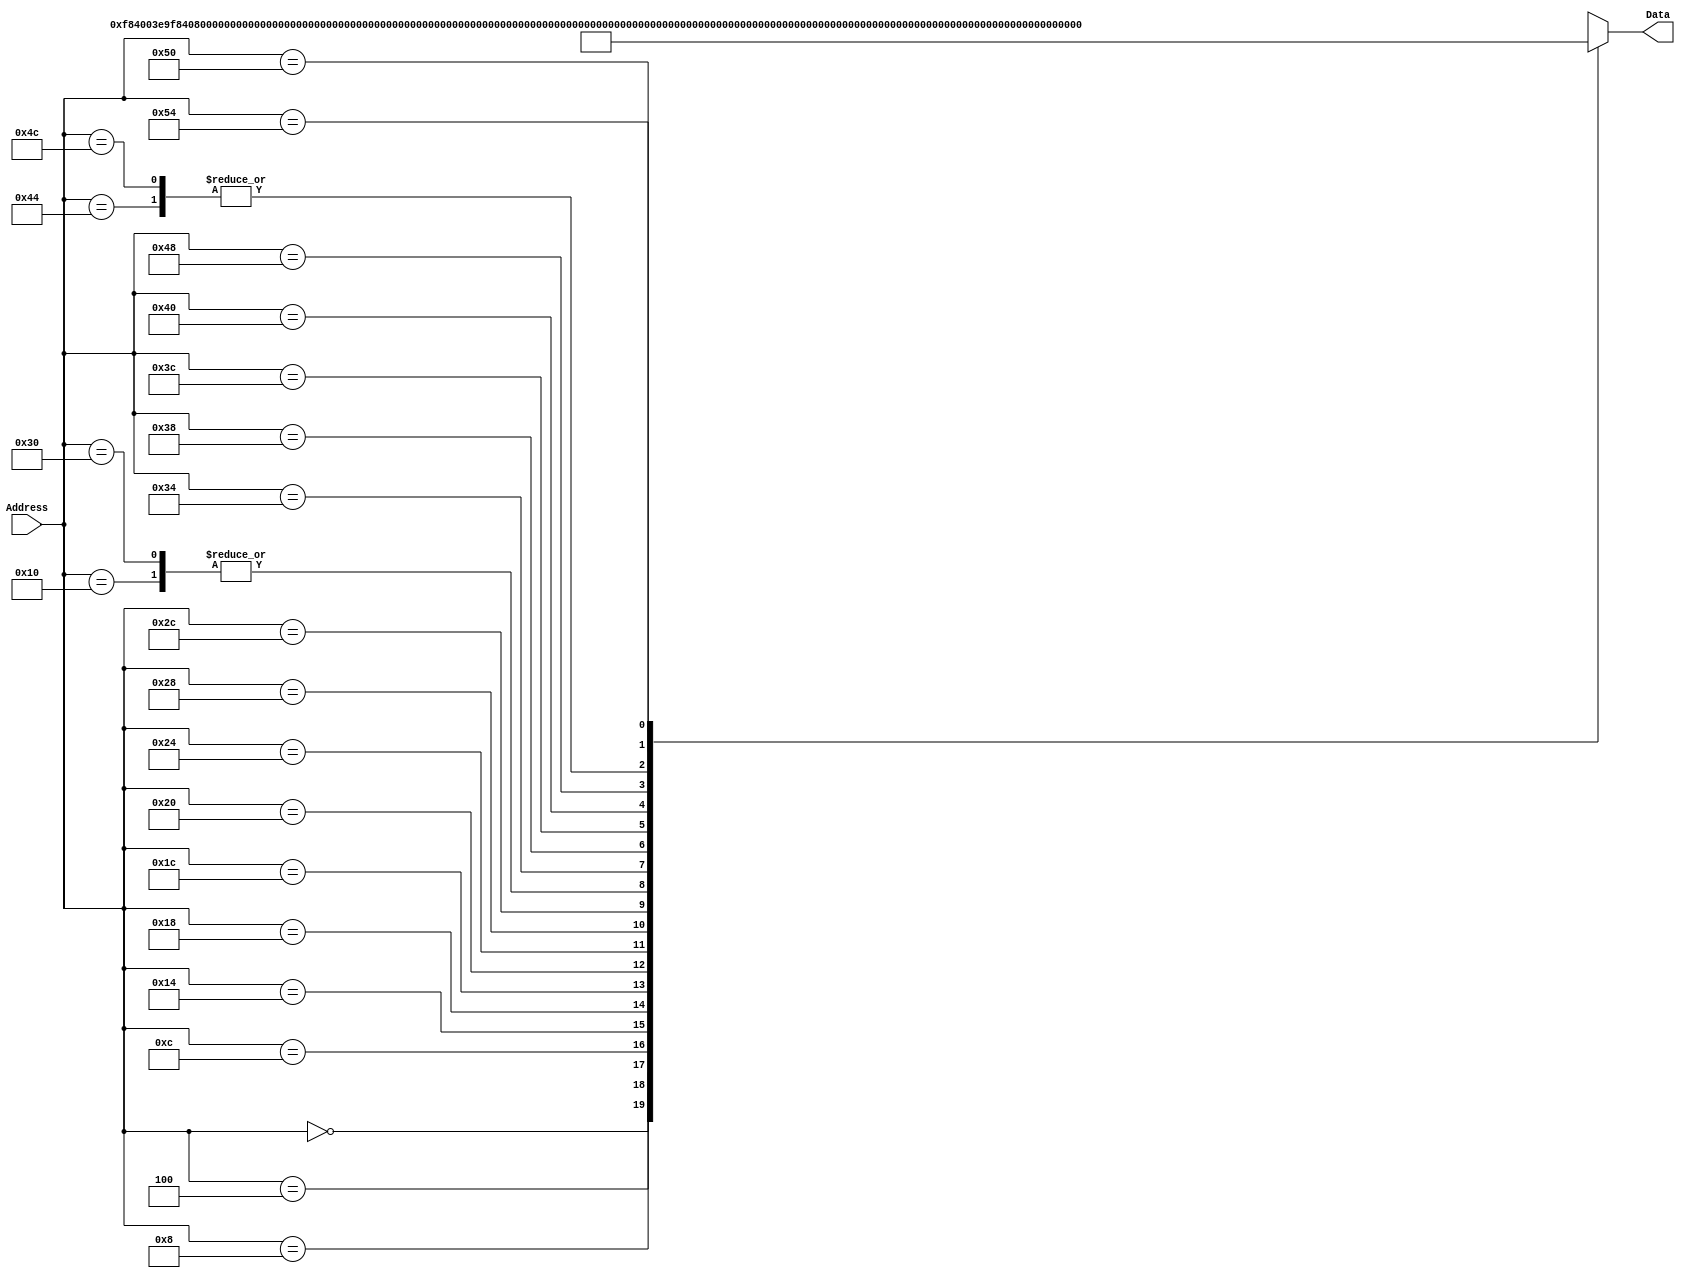
`timescale 1ns / 1ps
/*
 * Module: InstructionMemory
 *
 * Implements read-only instruction memory
 * 
 */
module InstructionMemory(Data, Address);
   parameter T_rd = 20;
   parameter MemSize = 40;
   
   output [31:0] Data;
   input [63:0]  Address;
   reg [31:0] 	 Data;
   
   /*
    * ECEN 350 Processor Test Functions
    * Texas A&M University
    */
   
   always @ (Address) begin

      case(Address)

	/* Test Program 1:
	 * Program loads constants from the data memory. Uses these constants to test
	 * the following instructions: LDUR, ORR, AND, CBZ, ADD, SUB, STUR and B.
	 * 
	 * Assembly code for test:
	 * 
	 * 0: LDUR X9, [XZR, 0x0]    //Load 1 into x9
	 * 4: LDUR X10, [XZR, 0x8]   //Load a into x10
	 * 8: LDUR X11, [XZR, 0x10]  //Load 5 into x11
	 * C: LDUR X12, [XZR, 0x18]  //Load big constant into x12
	 * 10: LDUR X13, [XZR, 0x20]  //load a 0 into X13
	 * 
	 * 14: ORR X10, X10, X11  //Create mask of 0xf
	 * 18: AND X12, X12, X10  //Mask off low order bits of big constant
	 * 
	 * loop:
	 * 1C: CBZ X12, end  //while X12 is not 0
	 * 20: ADD X13, X13, X9  //Increment counter in X13
	 * 24: SUB X12, X12, X9  //Decrement remainder of big constant in X12
	 * 28: B loop  //Repeat till X12 is 0
	 * 2C: STUR X13, [XZR, 0x20]  //store back the counter value into the memory location 0x20
	 */
	

	63'h000: Data = 32'hF84003E9;
	63'h004: Data = 32'hF84083EA;
	63'h008: Data = 32'hF84103EB;
	63'h00c: Data = 32'hF84183EC;
	63'h010: Data = 32'hF84203ED;
	63'h014: Data = 32'hAA0B014A;
	63'h018: Data = 32'h8A0A018C;
	63'h01c: Data = 32'hB400008C;
	63'h020: Data = 32'h8B0901AD;
	63'h024: Data = 32'hCB09018C;
	63'h028: Data = 32'h17FFFFFD;
	63'h02c: Data = 32'hF80203ED;
	63'h030: Data = 32'hF84203ED;  //One last load to place stored value on memdbus for test checking.

	/* Add code for your tests here */
	
	/*
	* 34: MOVZ X9, 0x1234, shift 48
	* 38: MOVZ X8, 0x5678, shift 32
	* 3C: ADD X9, X9, X8
	* 40: MOVZ X8, 0x9abc, shift 16
	* 44: ADD X9, X9, X8
	* 48: MOVZ X8, 0xdef0, no shift
	* 4C: ADD X9, X9, X8
	* 50: STUR X9, [XZR, 0x28]
	* 54: LDUR X10, [XZR, 0x28]
	*/
	63'h034: Data = 32'hD2E24689;
	63'h038: Data = 32'hD2CACF08;
	63'h03C: Data = 32'h8B090109;
	63'h040: Data = 32'hD2B35788;
	63'h044: Data = 32'h8B080129;
	63'h048: Data = 32'hD29BDE08;
	63'h04C: Data = 32'h8B080129;
	63'h050: Data = 32'hF80283E9;
	63'h054: Data = 32'hF84283EA;
	
	default: Data = 32'hXXXXXXXX;
      endcase
   end
endmodule